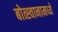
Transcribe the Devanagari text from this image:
बोत्स्वानामध्ये